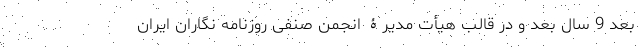
بعد 9 سال بعد و در قالب هیأت مدیرۀ انجمن صنفی روزنامه نگاران ایران